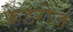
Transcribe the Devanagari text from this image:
फ्रेडरीज